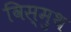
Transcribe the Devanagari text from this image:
विस्मुथ